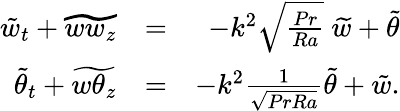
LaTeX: \begin{array}{rlr}{\tilde{w}_{t}+\widetilde{ww_{z}}}&{=}&{-k^{2}\sqrt{\frac{Pr}{Ra}}\ \widetilde{w}+\tilde{\theta}}\\ {\tilde{\theta}_{t}+\widetilde{w\theta_{z}}}&{=}&{-k^{2}\frac{1}{\sqrt{PrRa}}\widetilde{\theta}+\tilde{w}.}\end{array}